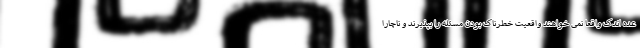
عده اندک واقعا نمی خواهند واقعیت خطرناک بودن مسئله را بپذیرند و ناچارا